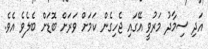
އަދި ސިމާދު މަރުވީ އޭގައި ޖެހިގެން ކަމަށް ވަރަށް ބޮޑަށް ބެލެވެ އެވެ.